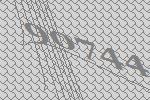
90744